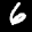
Label: 6